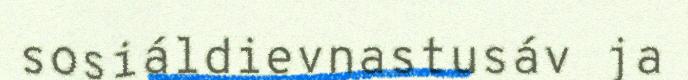
sosiáldievnastusáv ja